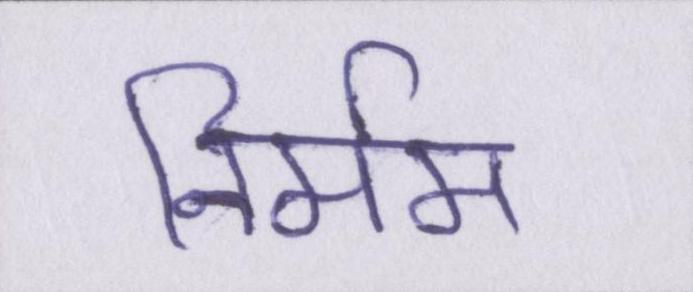
निर्मम